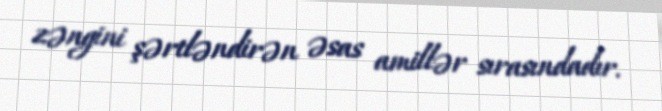
zəngini şərtləndirən əsas amillər sırasındadır.